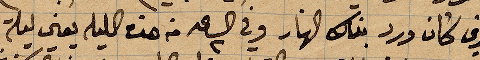
الذي كان ورد بذاك النهار وفي الساعة ٢ من هذه الليلة يعني ليلة